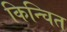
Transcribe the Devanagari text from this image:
किन्चित